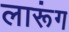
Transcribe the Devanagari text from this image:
लारूंग